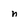
Character: n